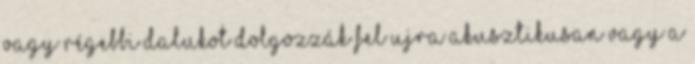
vagy régebbi dalukot dolgozzák fel ujra akusztikusan vagy a